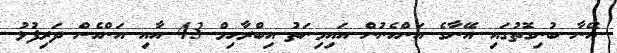
އޭނާ ބުނިގޮތުގައި އޭނާގެ އަންހެނުން އައިމިނަތު އިބްރާހިމް 43 އާއި އަންހެން ދަރިފުޅު